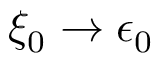
\xi _ { 0 } \rightarrow \epsilon _ { 0 }